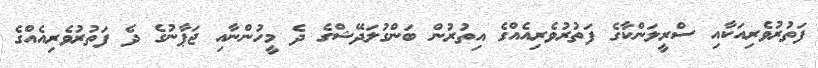
ފަތުރުވެރިއަކާއި ސްރީލަންކާގެ ފަތުރުވެރިއެއްގެ އިތުރުން ބަންގުލަދޭޝްގެ ދެ މީހުންނާއި ޖަޕާނުގެ ދެ ފަތުރުވެރިއެއްގެ